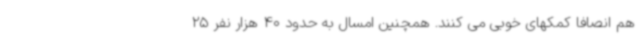
هم انصافاً کمکهای خوبی می کنند. همچنین امسال به حدود 40 هزار نفر 25